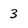
Character: 3